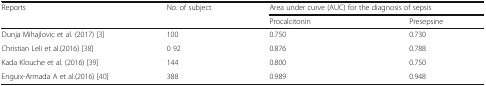
<table><thead><tr><td rowspan="2"><b>Reports</b></td><td rowspan="2"><b>No. of subject</b></td><td colspan="2"><b>Area under curve (AUC) for the diagnosis of sepsis</b></td></tr><tr><td><b>Procalcitonin</b></td><td><b>Presepsine</b></td></tr></thead><tbody><tr><td>Dunja Mihajlovic et al. (2017) [3]</td><td>100</td><td>0.750</td><td>0.730</td></tr><tr><td>Christian Leli et al.(2016) [38]</td><td>0 92</td><td>0.876</td><td>0.788</td></tr><tr><td>Kada Klouche et al. (2016) [39]</td><td>144</td><td>0.800</td><td>0.750</td></tr><tr><td>Enguix-Armada A et al.(2016) [40]</td><td>388</td><td>0.989</td><td>0.948</td></tr></tbody></table>